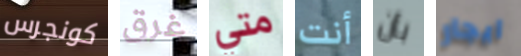
كونجرس غرق متي أنت بأن ايجار